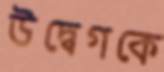
উদ্বেগকে